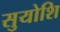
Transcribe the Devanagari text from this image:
सुयोशि